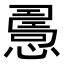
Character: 𢢧